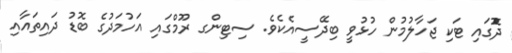
ދޮެުގައި ޓަކި ޖަހާލުމުން ހުޅުވީ ބިދޭސީއެކެވެ. ސިޓިންގ ރޫމްގައި އަހުމަދުގެ ބޮޑު ދައިތައާއި